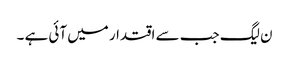
ن لیگ جب سے اقتدار میں آئی ہے ۔